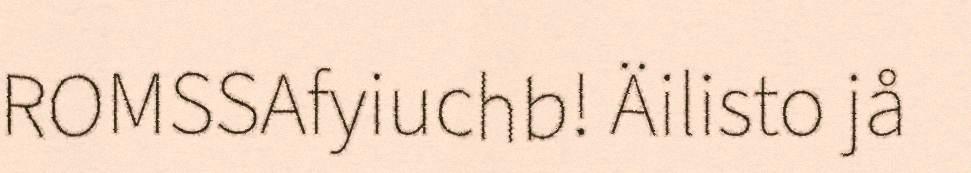
ROMSSAfyiuchb! Äilisto jå